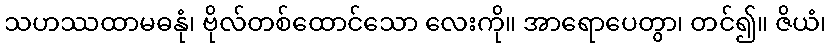
သဟဿထာမဓနုံ၊ ဗိုလ်တစ်ထောင်သော လေးကို။ အာရောပေတွာ၊ တင်၍။ ဇိယံ၊